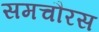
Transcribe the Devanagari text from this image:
समचौरस